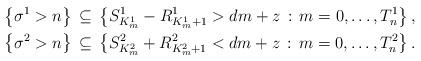
LaTeX: \begin{align*}\big\{\sigma^1 > n \big\} \, & \subseteq \, \big\{ S^1_{K^1_m} - R^1_{K^1_m+1} > d m + z \,:\, m=0, \dots, T^1_n \big\} \,,\\\big\{\sigma^2 > n \big\} \, & \subseteq \, \big\{ S^2_{K^2_m} + R^2_{K^2_m+1} < d m + z \,:\, m=0, \dots, T^2_n \big\} \,.\end{align*}